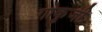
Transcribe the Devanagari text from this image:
गोकुजी